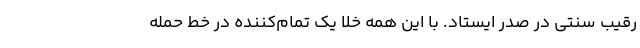
رقیب سنتی در صدر ایستاد. با این همه خلا یک تمام‌کننده در خط حمله